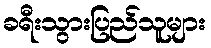
ခရီးသွားပြည်သူများ